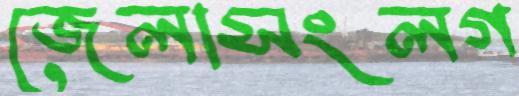
জেলাসংলগ